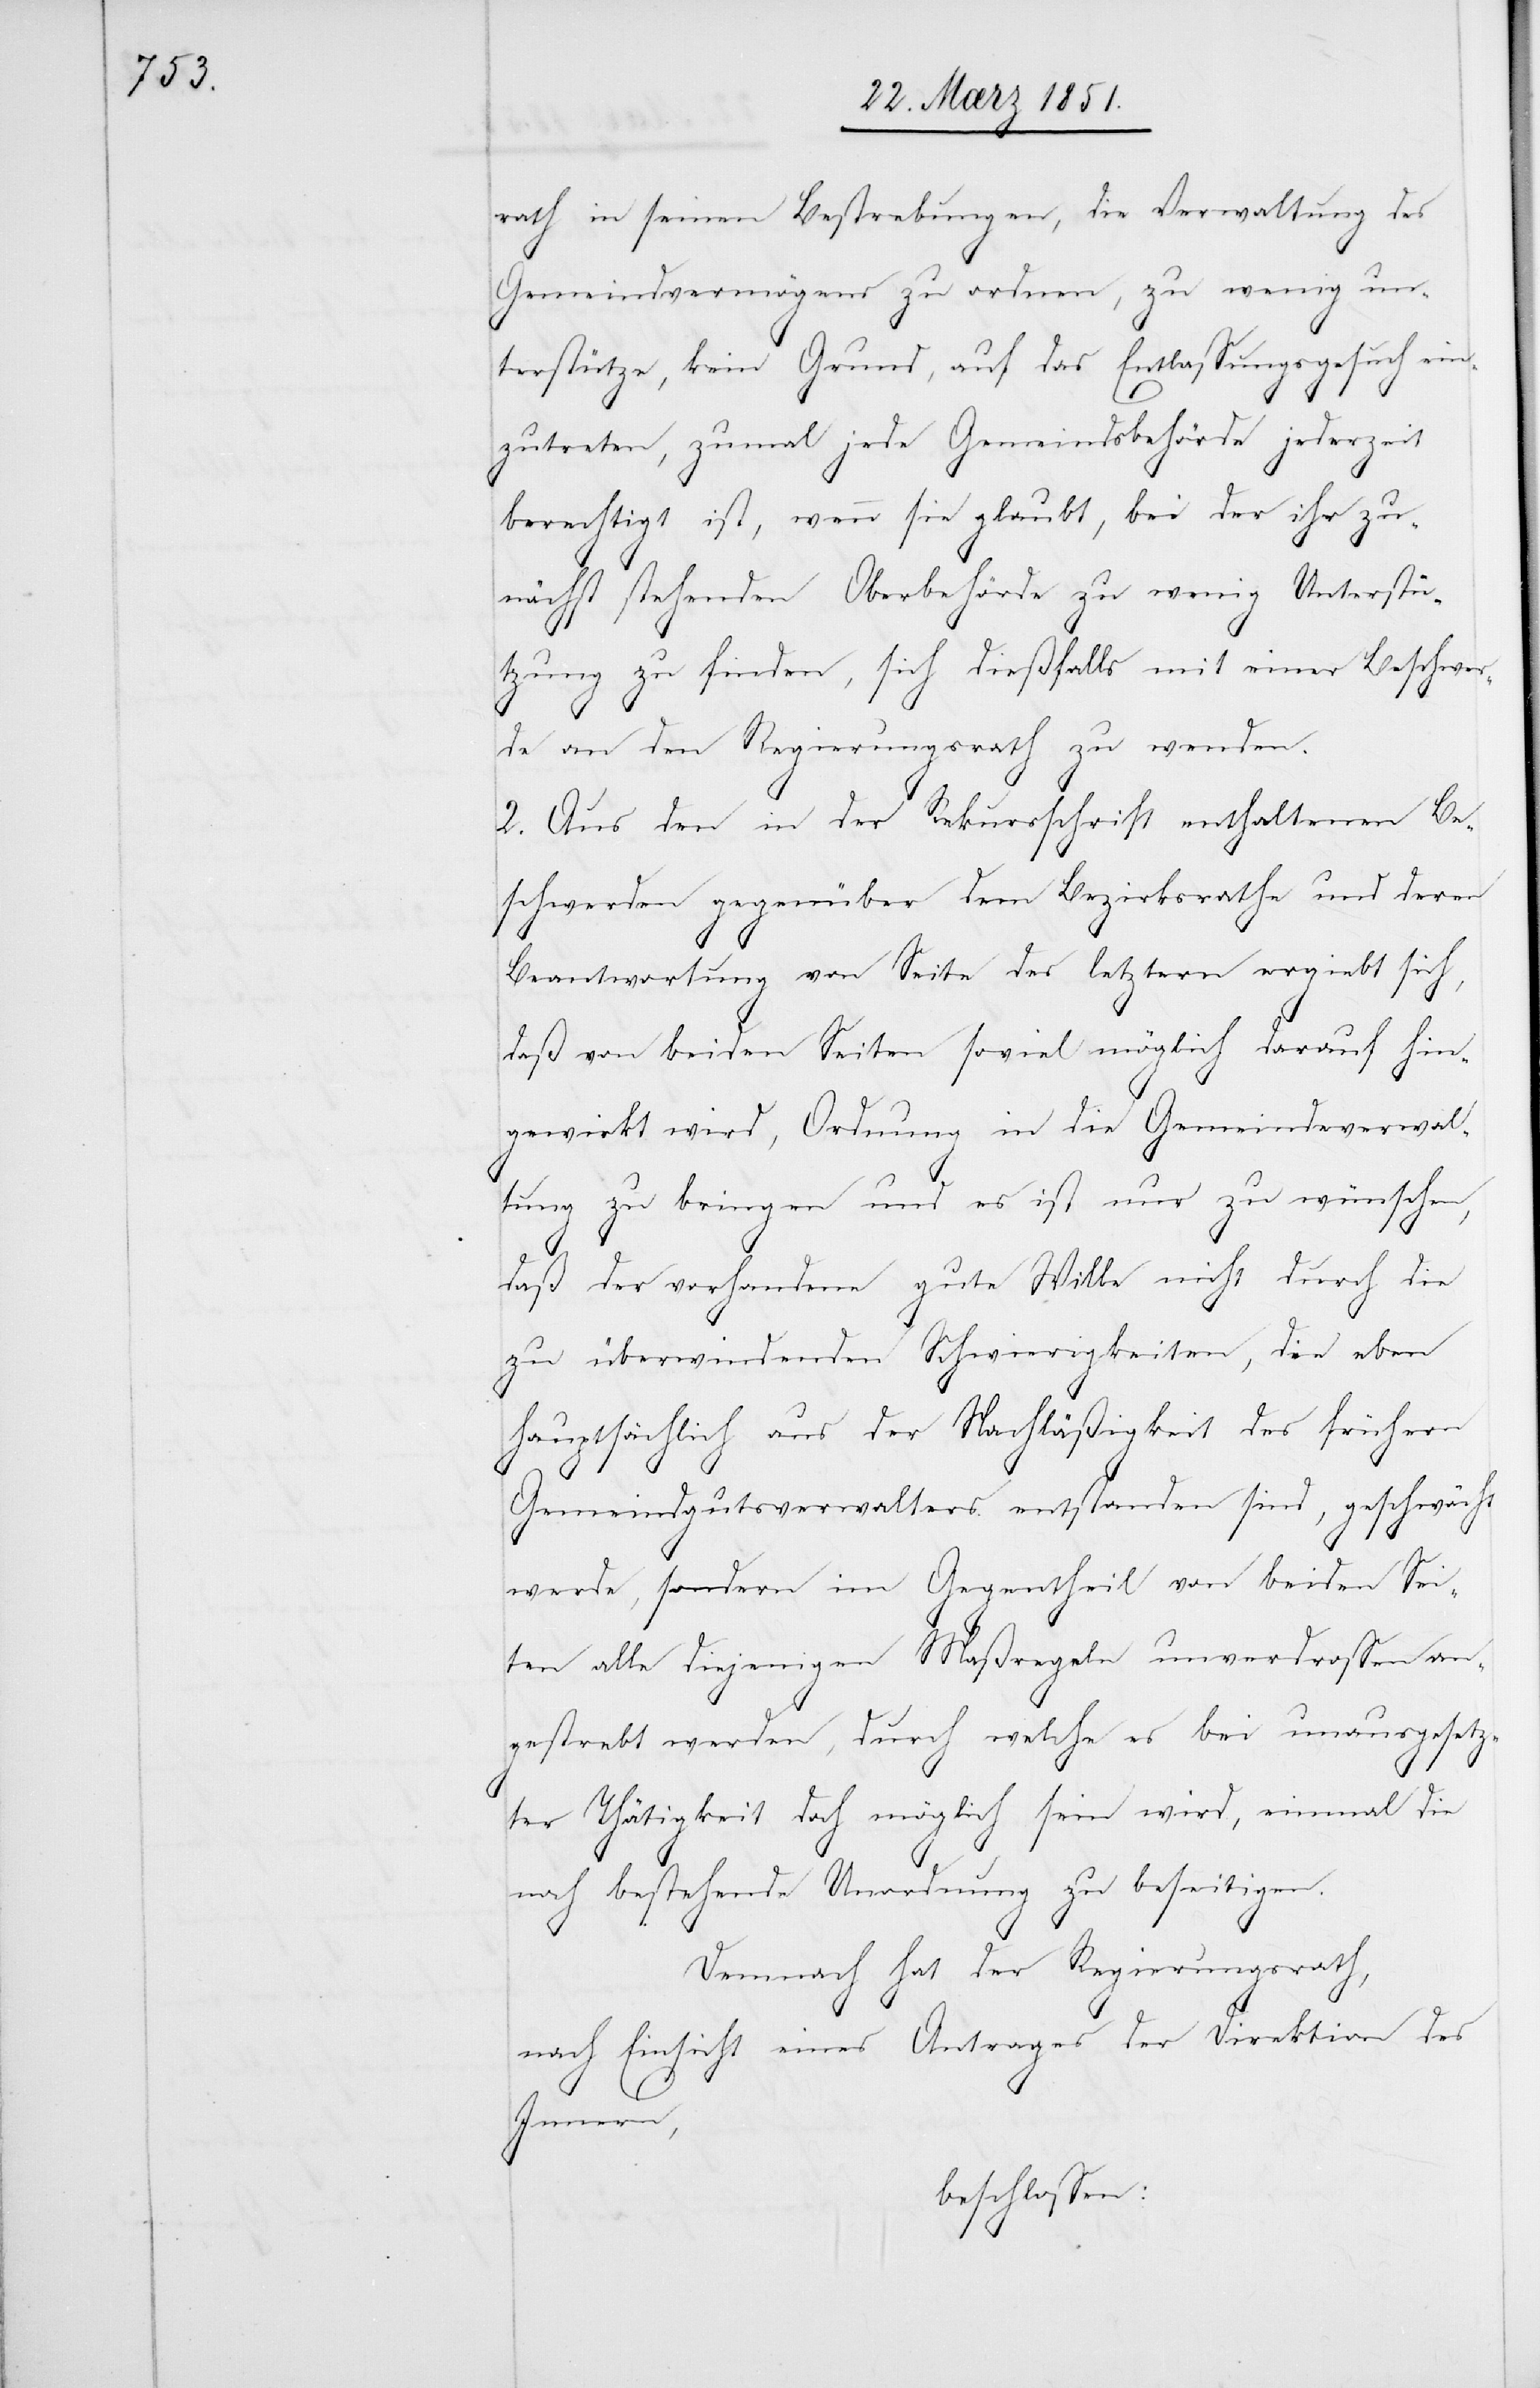
rath in seinen Bestrebungen, die Verwaltung des
Gemeindvermögens zu ordnen, zu wenig un¬
terstütze, kein Grund, auf das Entlassungsgesuch ein¬
zutreten, zumal jede Gemeindsbehörde jederzeit
berechtigt ist, wenn sie glaubt, bei der ihr zu¬
nächst stehenden Oberbehörde zu wenig Unterstü¬
tzung zu finden, sich dießfalls mit einer Beschwer¬
de an den Regierungsrath zu wenden.
2. Aus den in der Rekursschrift enthaltenen Be¬
schwerden gegenüber dem Bezirksrathe und deren
Beantwortung von Seite des letztern ergiebt sich,
daß von beiden Seiten soviel möglich darauf hin¬
gewirkt wird, Ordnung in die Gemeindeverwal¬
tung zu bringen und es ist nur zu wünschen,
daß der vorhandene gute Wille nicht durch die
zu überwindenden Schwierigkeiten, die eben
hauptsächlich aus der Nachläßigkeit des frühern
Gemeindgutsverwalters entstanden sind, geschwächt
werde, sondern im Gegentheil von beiden Sei¬
ten alle diejenigen Maßregeln unverdrossen an¬
gestrebt werden, durch welche es bei unausgesetz¬
ter Thätigkeit doch möglich sein wird, einmal die
noch bestehende Unordnung zu beseitigen.
Demnach hat der Regierungsrath,
nach Einsicht eines Antrages der Direktion des
Innern,
beschlossen: